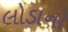
લોડાનો